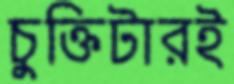
চুক্তিটারই